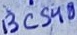
Text: BC548